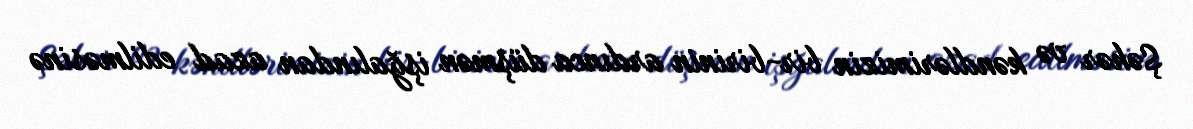
Şəhər və kəndlərimizin bir-birinin ardınca düşmən işğalından azad edilməsinə